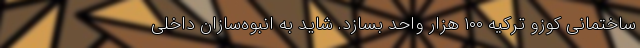
ساختمانی کوزو ترکیه ۱۰۰ هزار واحد بسازد. شاید به انبوه‌سازان داخلی